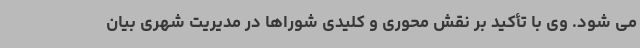
می شود. وی با تأکید بر نقش محوری و کلیدی شوراها در مدیریت شهری بیان